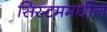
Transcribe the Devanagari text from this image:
सिस्टममधील